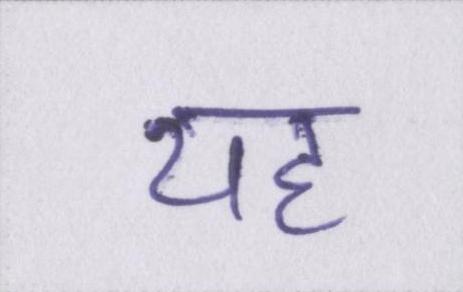
यह